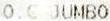
O.C JUMBO